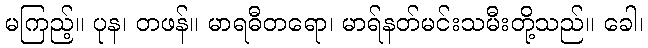
မကြည့်။ ပုန၊ တဖန်။ မာရဓီတရော၊ မာရ်နတ်မင်းသမီးတို့သည်။ ခေါ၊